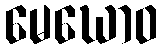
မေဃောဝ